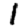
Digit: 1